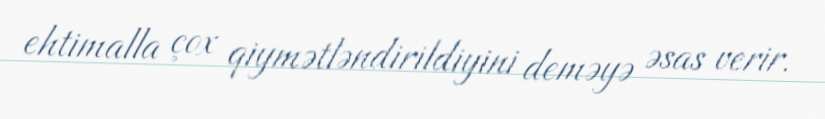
ehtimalla çox qiymətləndirildiyini deməyə əsas verir.